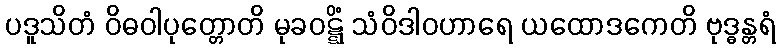
ပဒူသိတံ ဝိဓဝါပုတ္တောတိ မုခဝဋ္ဋိံ သံဝိဒါဝဟာရေ ယထောဒကေတိ ဗုဒ္ဓန္တရံ